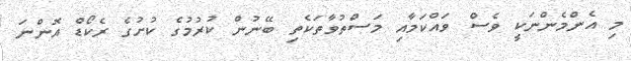
މި އެންމެންނަކީ ވެސް ވައްކަމާއި މަސްތުވާތަކެތި ބޭނުން ކުރުމުގެ ކުށުގެ ރެކޯޑް އޮންނަ